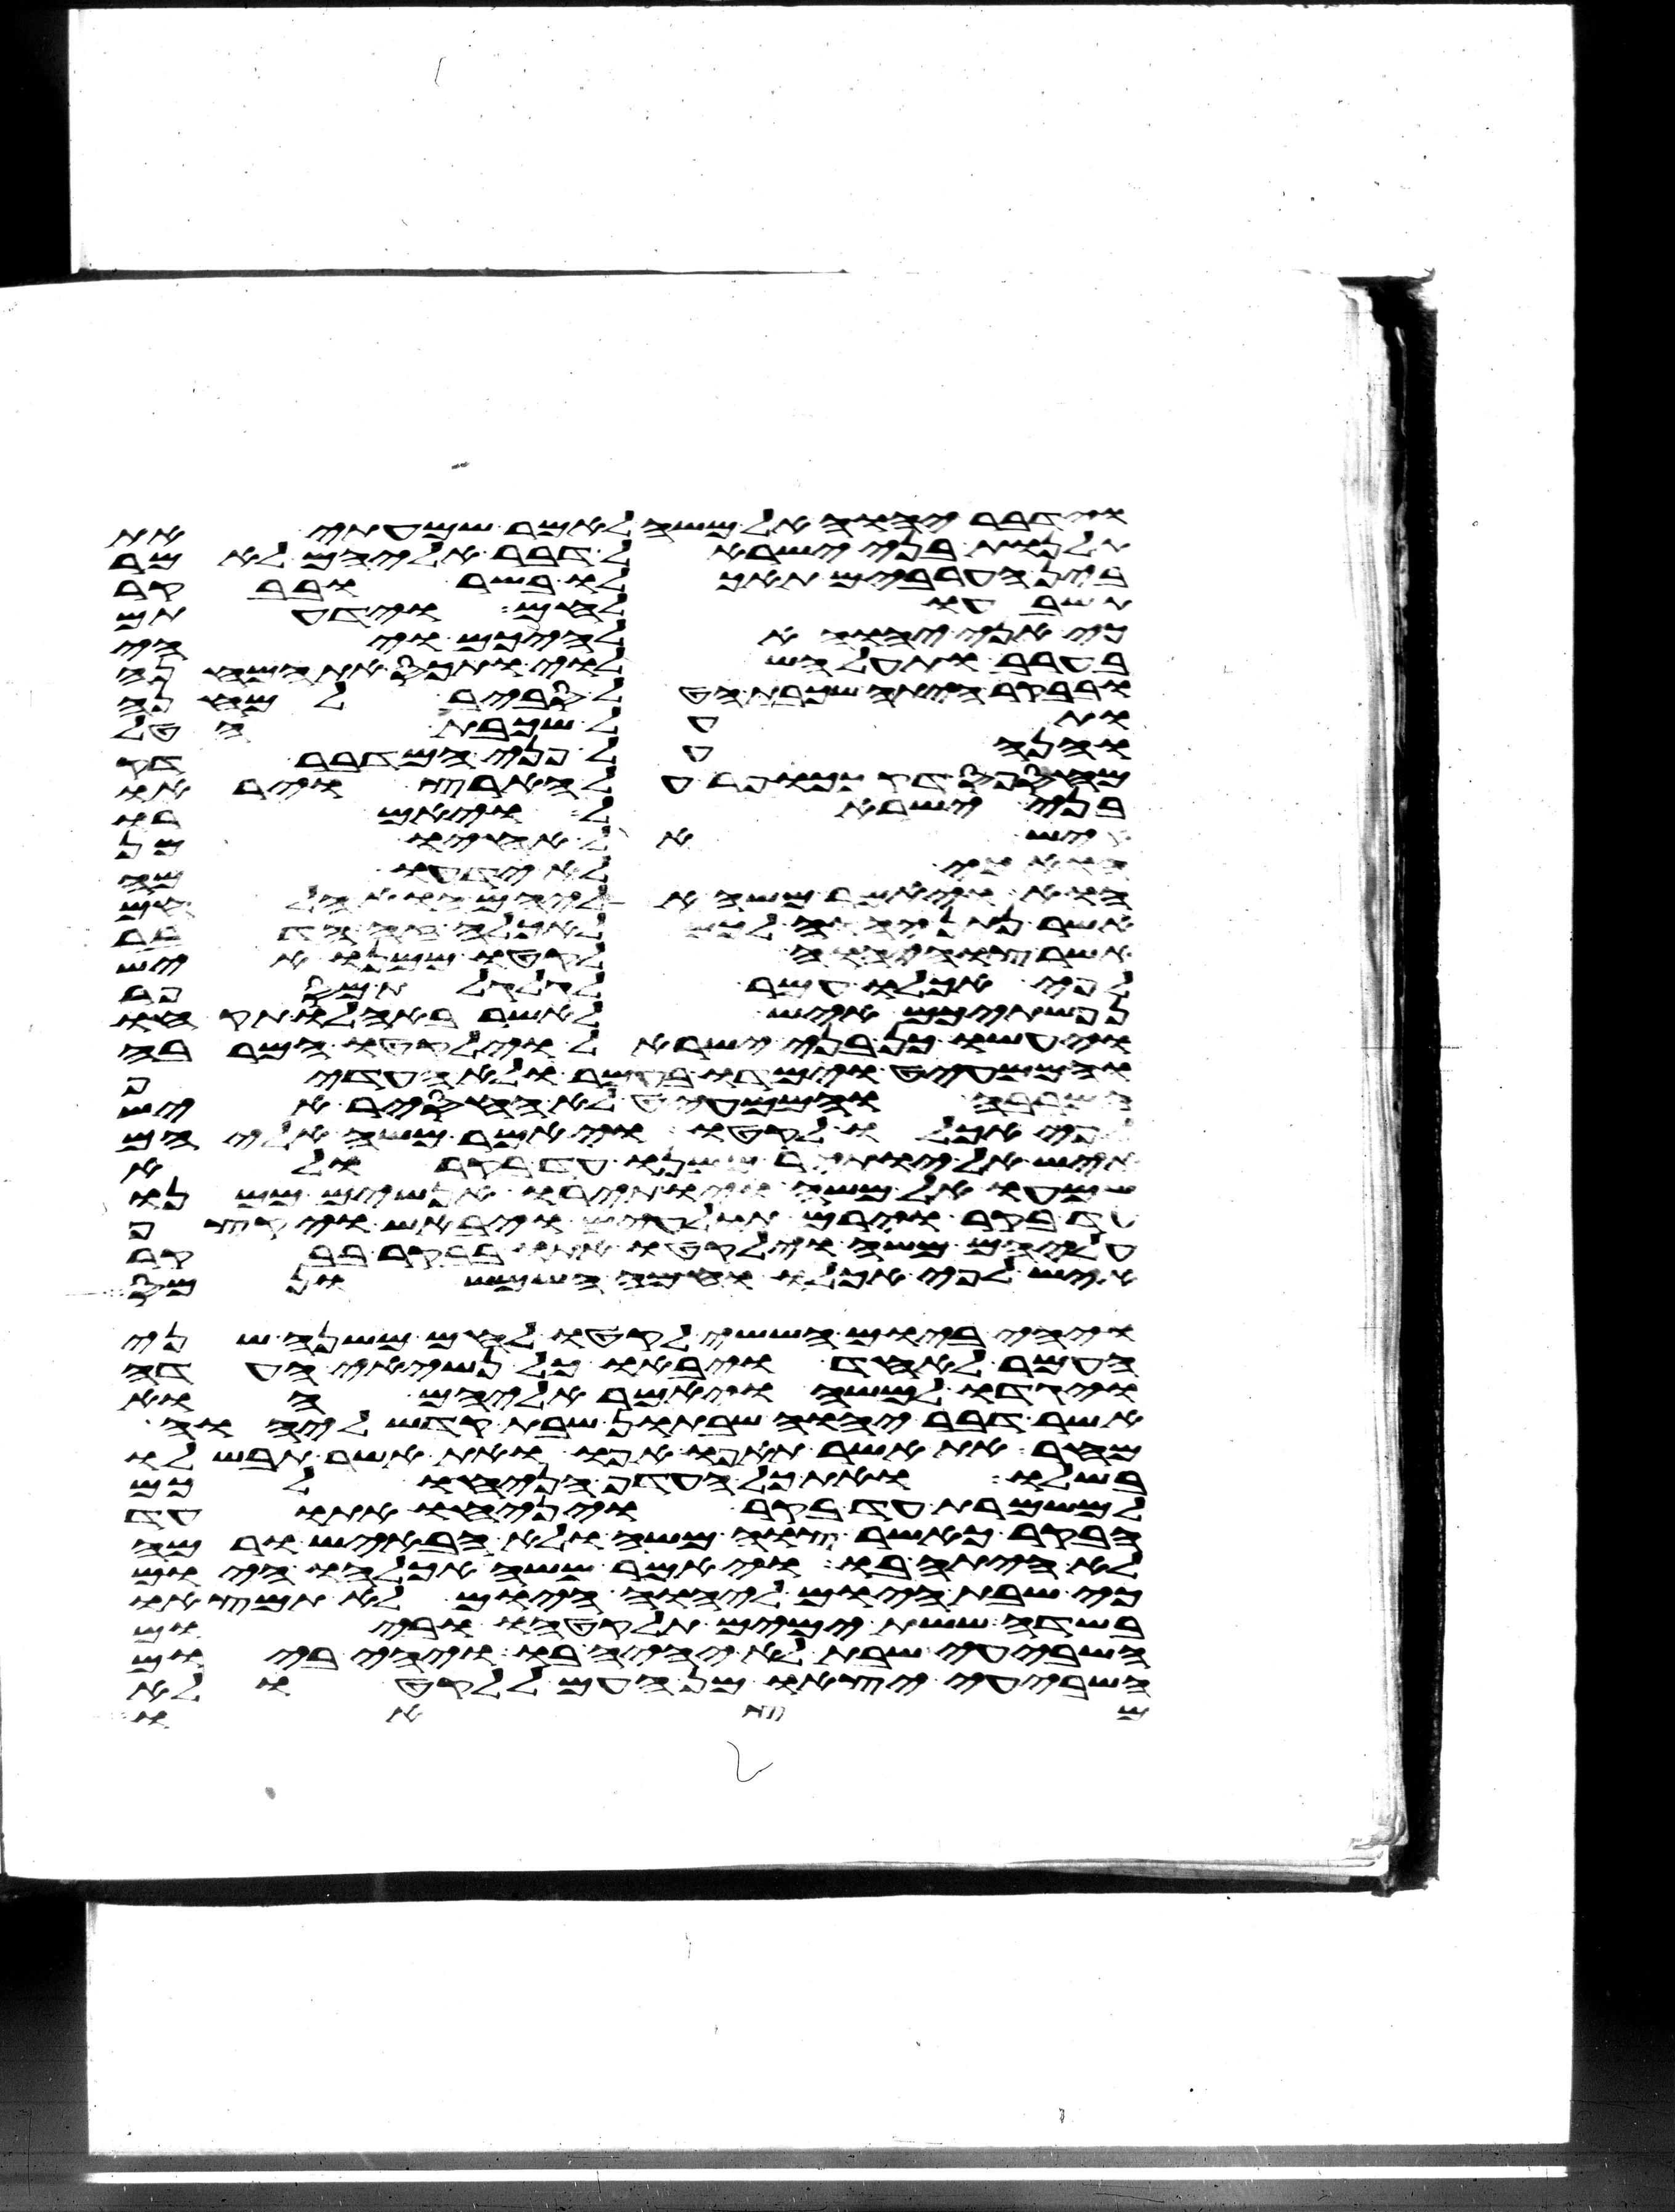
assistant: וידבר יהוה אל משה לאמר שמעתי את
תלנות בני ישראל דבר אליהם לאמר
בין הערבים תאכלו בשר ובבקר
תשבעו לחם וידעתם
כי אני יהוה אלהיכם ויהי
בערב ותעל השלוי ותכס את המחנה
ובבקר היתה שכבת הטל סביב למחנה
ותעל שכבת הטל
והנה על פני המדבר דק
מחספס דק ככופר על הארץ ויראו
בני ישראל ויאמרו
איש אל אחיו מן
הוא כי לא ידעו מה
הוא ויאמר משה אליהם הוא הלחם
אשר נתן יהוה לכם לאכלה זה הדבר
אשר צוה יהוה לקטו ממנו איש
לפי אכלו עמר לגלגלת מספר
נפשתיכם איש לאשר באהלו תקחו
ויעשו כן בני ישראל וילקטו המרבה
והממעיט וימדו בעמר ולא העדיף
המרבה והממעיט לא החסיר איש
לפי אכלו לקטו ויאמר משה אליהם
איש אל יותיר ממנו עד בקר ולא
שמעו אל משה ויותירו אנשים ממנו
עד בקר וירם תולעים ויבאש ויקצף
עליהם משה וילקטו אתו בבקר בבקר
איש לפי אכלו וחמה השמש ונמס
ויהי ביום הששי לקטו לחם משנה שני
העמר לאחד ויבאו כל נשיאי העדה
ויגדו למשה ויאמר אליהם הוא
אשר דבר יהוה שבתון שבת קדש ליהוה
מחר את אשר תאפו אפו ואת אשר תבשלו
בשלו ואת כל העדף הניחו לכם
למשמרת עד בקר ויניחו אתו עד
הבקר כאשר צוה משה ולא הבאיש ורמה
לא היתה בו ויאמר משה אכלהו היום
כי שבת היום ליהוה היום לא תמצאו
בשדה ששת ימים תלקטהו וביום
השביעי שבת לא יהיה בו ויהי ביום
השביעי יצאו מן העם ללקט ולא
ומת או